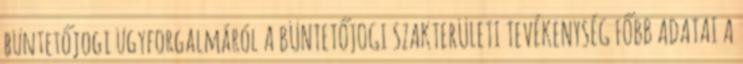
büntetőjogi ügyforgalmáról A BÜNTETŐJOGI SZAKTERÜLETI TEVÉKENYSÉG FŐBB ADATAI A